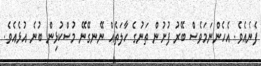
ފެނެއެވެ. އެހެންނަމަވެސް ބޭރު ފުށުން ތަނުގެ ހާލަތެއް ނޭނގޭނޭ މުސްކުޅިން ބުނެ އުޅެއެވެ.